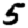
Digit: 5